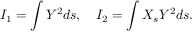
I _ { 1 } = \int Y ^ { 2 } d s , \quad I _ { 2 } = \int X _ { s } Y ^ { 2 } d s .